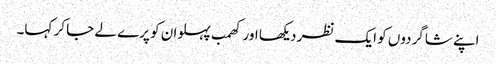
اپنے شاگردوں کو ایک نظر دیکھا اور کھمب پہلوان کو پرے لے جا کر کہا۔